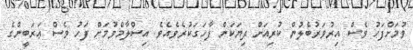
ވުމަށްފަހު ވެސް އިރުވަރުބެލުން ކުރިއަށް ދިޔަކަން ފާހަގަކުރެވެއެވެ. އިސްލާމްވުމަށް ފަހު ވެސް ޢަރަބީންގެ